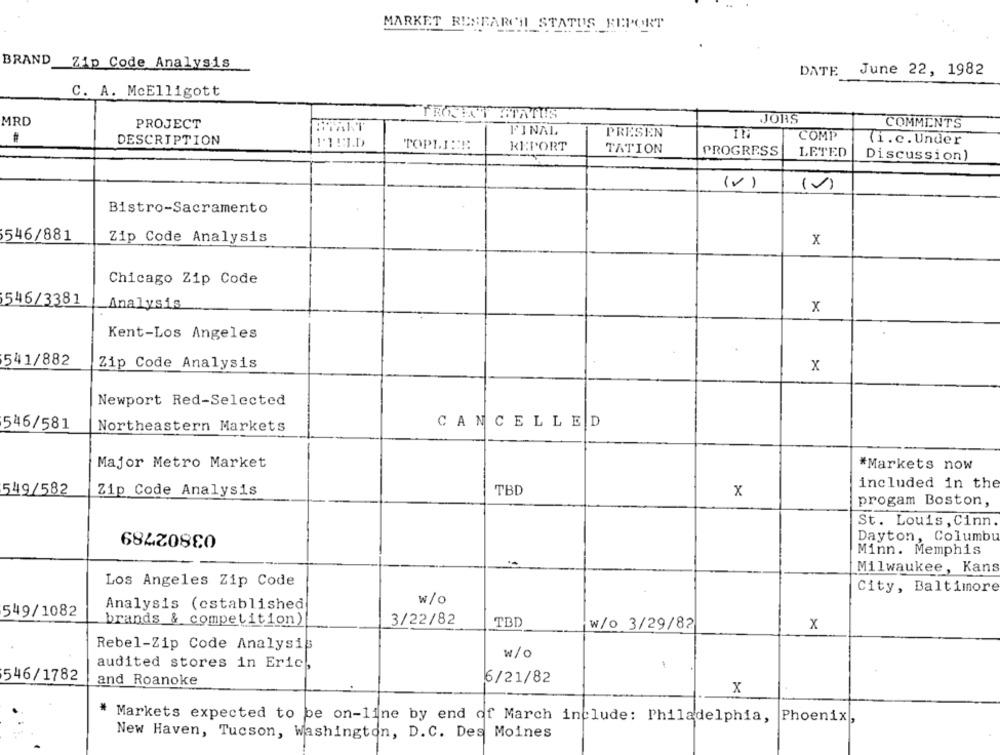
MARKET RESEARCH_STATUS REPORT
BRAND
Zip Code Analysis
DATE
June 22, 1982
C. A. McElligott
FROSTED STATUS
JORS
MRD
PROJECT
COMMENTS
FINAL
PRESEN
COMP
DESCRIPTION
(i.c. Under
TOPHEE
REPORT
TATION
PROGRESS
LETED
Discussion)
(V)
Bistro-Sacramento
546/881
Zip Code Analysis
x
Chicago Zip Code
546/3381
Analysis
x
Kent-Los Angeles
541/882
Zip Code Analysis
x
Newport Red-Selected
CANCELLED
546/581
Northeastern Markets
Major Metro Market
*Markets now
included in the
549/582
Zip Code Analysis
TBD
x
progam Boston,
03802789
St. Louis , Cinn
Dayton, Columbu
Minn. Memphis
Milwaukee, Kans
Los Angeles Zip Code
City, Baltimore
Analysis (established
w/o
549/1082
brands & competition)
3/22/82
TBD
w/o 3/29/82
x
Rebel-Zip Code Analysis
w/o
audited stores in Eric,
546/1782
6/21/82
and Roanoke
x
* Markets expected to be on-line by end of March include: Philadelphia,
Phoenix,
New Haven, Tucson, Washington, D.C. Des Moines